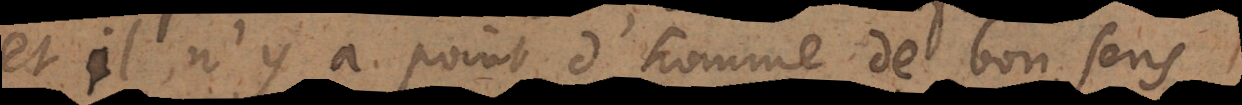
et il n’y a point d’homme de bon sens